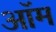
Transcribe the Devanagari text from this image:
ऑम